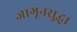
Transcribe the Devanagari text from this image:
जागूनसुद्धा